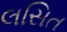
લસિત